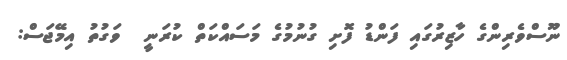
ނޫސްވެރިންގެ ހާޒިރުގައި ފަންޑު ފޮށި ގުނުމުގެ މަސައްކަތް ކުރަނީ  ވަގުތު އިމޭޖަސް: